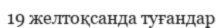
19 желтоқсанда туғандар